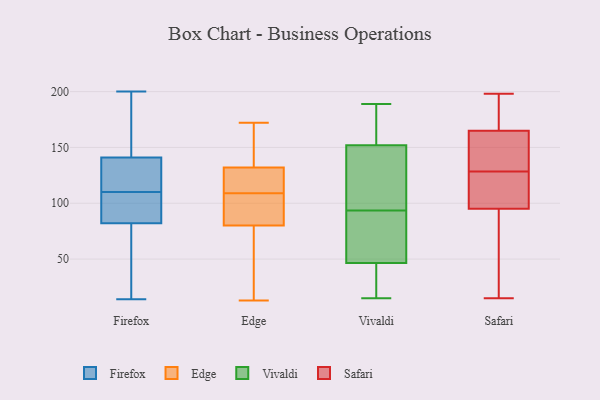
{"axis": {"x": "Market Share (%)", "y": "Value"}, "legend": ["Edge", "Firefox", "Safari", "Vivaldi"], "data": [{"x": "", "y": 200, "type": "Firefox"}, {"x": "", "y": 101, "type": "Firefox"}, {"x": "", "y": 137, "type": "Firefox"}, {"x": "", "y": 141, "type": "Firefox"}, {"x": "", "y": 115, "type": "Firefox"}, {"x": "", "y": 14, "type": "Firefox"}, {"x": "", "y": 105, "type": "Firefox"}, {"x": "", "y": 176, "type": "Firefox"}, {"x": "", "y": 34, "type": "Firefox"}, {"x": "", "y": 130, "type": "Firefox"}, {"x": "", "y": 102, "type": "Firefox"}, {"x": "", "y": 82, "type": "Firefox"}, {"x": "", "y": 176, "type": "Firefox"}, {"x": "", "y": 37, "type": "Firefox"}, {"x": "", "y": 56, "type": "Edge"}, {"x": "", "y": 132, "type": "Edge"}, {"x": "", "y": 114, "type": "Edge"}, {"x": "", "y": 156, "type": "Edge"}, {"x": "", "y": 13, "type": "Edge"}, {"x": "", "y": 161, "type": "Edge"}, {"x": "", "y": 104, "type": "Edge"}, {"x": "", "y": 94, "type": "Edge"}, {"x": "", "y": 128, "type": "Edge"}, {"x": "", "y": 132, "type": "Edge"}, {"x": "", "y": 80, "type": "Edge"}, {"x": "", "y": 49, "type": "Edge"}, {"x": "", "y": 93, "type": "Edge"}, {"x": "", "y": 40, "type": "Edge"}, {"x": "", "y": 172, "type": "Edge"}, {"x": "", "y": 132, "type": "Edge"}, {"x": "", "y": 91, "type": "Edge"}, {"x": "", "y": 135, "type": "Edge"}, {"x": "", "y": 15, "type": "Vivaldi"}, {"x": "", "y": 185, "type": "Vivaldi"}, {"x": "", "y": 61, "type": "Vivaldi"}, {"x": "", "y": 149, "type": "Vivaldi"}, {"x": "", "y": 32, "type": "Vivaldi"}, {"x": "", "y": 189, "type": "Vivaldi"}, {"x": "", "y": 93, "type": "Vivaldi"}, {"x": "", "y": 94, "type": "Vivaldi"}, {"x": "", "y": 91, "type": "Vivaldi"}, {"x": "", "y": 155, "type": "Vivaldi"}, {"x": "", "y": 28, "type": "Vivaldi"}, {"x": "", "y": 114, "type": "Vivaldi"}, {"x": "", "y": 165, "type": "Safari"}, {"x": "", "y": 58, "type": "Safari"}, {"x": "", "y": 194, "type": "Safari"}, {"x": "", "y": 137, "type": "Safari"}, {"x": "", "y": 95, "type": "Safari"}, {"x": "", "y": 51, "type": "Safari"}, {"x": "", "y": 123, "type": "Safari"}, {"x": "", "y": 186, "type": "Safari"}, {"x": "", "y": 112, "type": "Safari"}, {"x": "", "y": 198, "type": "Safari"}, {"x": "", "y": 15, "type": "Safari"}, {"x": "", "y": 130, "type": "Safari"}, {"x": "", "y": 127, "type": "Safari"}, {"x": "", "y": 148, "type": "Safari"}]}